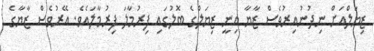
ޒިޔަލްއަށް ނިދުނުއިރުވެސް ޒާޔާ އިނީ ޒިޔަލްގެ ބޮލުގައި ފިރުމާލަ ފިރުމާލައެވެ. އޭރުވެސް ޒާޔާގެ